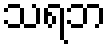
သရဘ